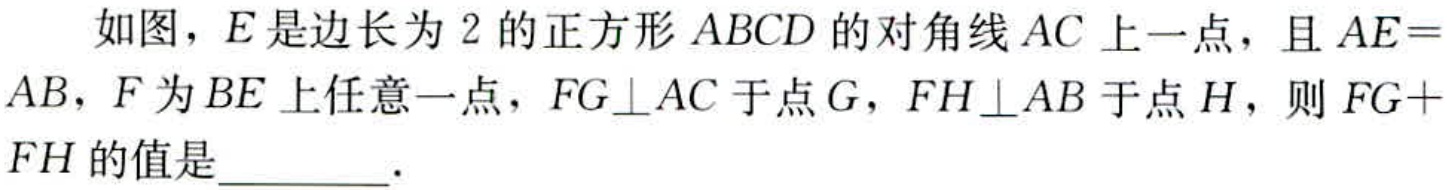
如图，\(E\)是边长为\(2\)的正方形\(ABCD\)的对角线\(AC\)上一点，且\(AE = AB\)，\(F\)为\(BE\)上任意一点，\(FG\perp AC\)于点\(G\)，\(FH\perp AB\)于点\(H\)，则\(FG + FH\)的值是  ．